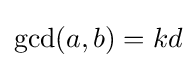
\gcd(a,b)=kd